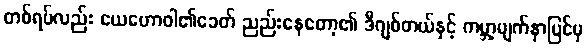
တစ်ရပ်လည်း ယေဟောဝါ၏ခေတ် ညည်းနေတော့၏ ဒီဂျစ်တယ်နှင့် ကမ္ဘာ့မျက်နှာပြင်မှ